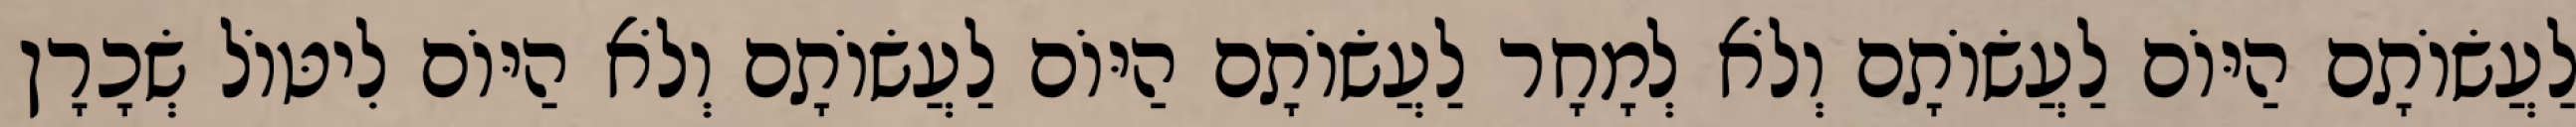
לַעֲשׂוֹתָם הַיּוֹם לַעֲשׂוֹתָם וְלֹא לְמָחָר לַעֲשׂוֹתָם הַיּוֹם לַעֲשׂוֹתָם וְלֹא הַיּוֹם לִיטּוֹל שְׂכָרָן